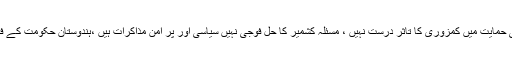
صدر آزاد کشمیر نے کہا کہ کشمیر کی سیاسی ، سفارتی اور اخلاقی حمایت میں کمزوری کا تاثر درست نہیں ، مسئلہ کشمیر کا حل فوجی نہیں سیاسی اور پر امن مذاکرات ہیں ،ہندوستان حکومت کے فیصلے سے سب آگاہ تھے، ہندوستان 5 سال سے تیاری کر چکا تھا۔